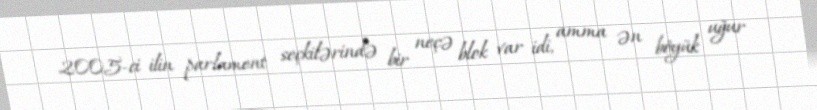
2005-ci ilin parlament seçkilərində bir neçə blok var idi, amma ən böyük uğur